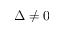
\Delta \neq 0